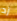
زد